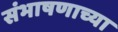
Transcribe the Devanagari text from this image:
संभाषणाच्या